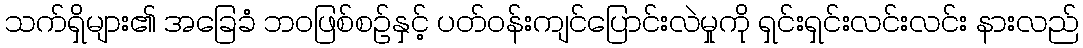
သက်ရှိများ၏ အခြေခံ ဘဝဖြစ်စဉ်နှင့် ပတ်ဝန်းကျင်ပြောင်းလဲမှုကို ရှင်းရှင်းလင်းလင်း နားလည်